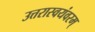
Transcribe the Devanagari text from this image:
उत्तरास्वयंवरम्